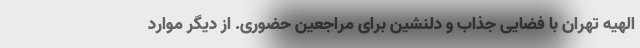
الهیه تهران با فضایی جذاب و دلنشین برای مراجعین حضوری. از دیگر موارد